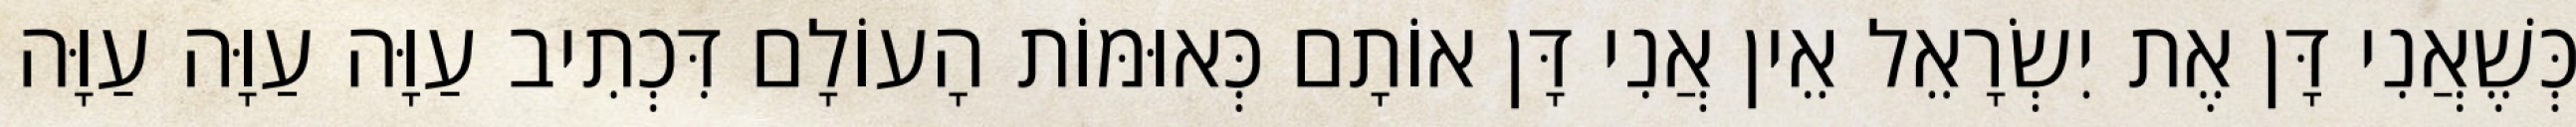
כְּשֶׁאֲנִי דָּן אֶת יִשְׂרָאֵל אֵין אֲנִי דָּן אוֹתָם כְּאוּמּוֹת הָעוֹלָם דִּכְתִיב עַוָּה עַוָּה עַוָּה